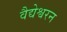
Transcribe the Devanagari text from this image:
वैद्येश्वरन